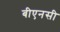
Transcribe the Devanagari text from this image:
बीएनसी